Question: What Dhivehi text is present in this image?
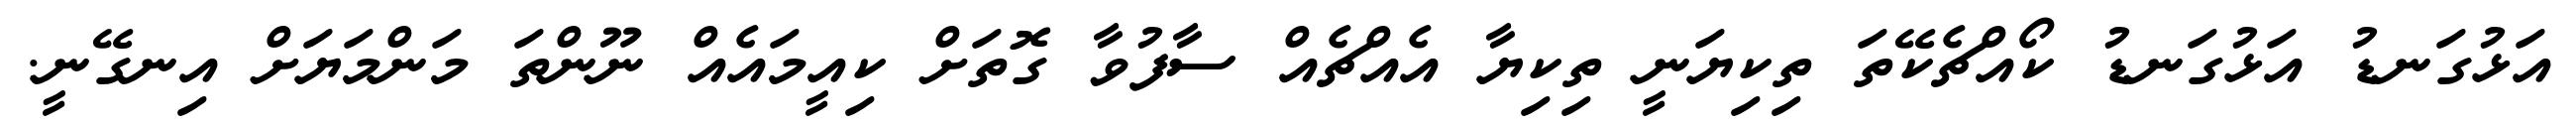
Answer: އަޅުގަނޑު އަޅުގަނޑު ކޯއްޗެކޭތަ ތިކިޔަނީ ތިކިޔާ އެއްޗެއް ސާފުވާ ގޮތަށް ކިއީމައެއް ނޫންތަ މަންމަޔަށް އިނގޭނީ.